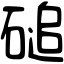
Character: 磓